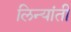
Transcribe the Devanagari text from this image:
लिन्यांती